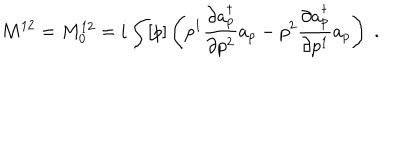
M ^ { 1 2 } = M _ { 0 } ^ { 1 2 } = i \int [ p ] \left( p ^ { 1 } \frac { \partial a _ { p } ^ { \dagger } } { \partial p ^ { 2 } } a _ { p } - p ^ { 2 } \frac { \partial a _ { p } ^ { \dagger } } { \partial p ^ { 1 } } a _ { p } \right) \; .